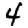
Digit: 4